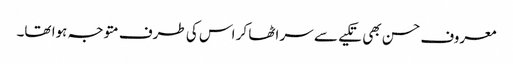
معروف حسن بھی تکیے سے سر اٹھا کر اس کی طرف متوجہ ہوا تھا۔